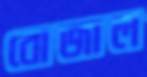
বোজাল